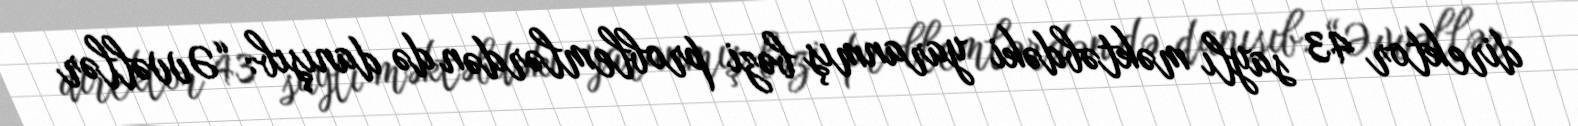
direktor 43 saylı məktəbdəki yaranmış bəzi problemlərdən də danışıb: “Əvvəllər